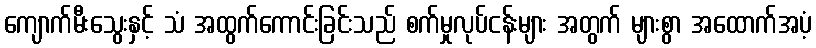
ကျောက်မီးသွေးနှင့် သံ အထွက်ကောင်းခြင်းသည် စက်မှုလုပ်ငန်းများ အတွက် များစွာ အထောက်အပံ့